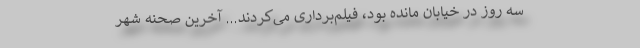
سه روز در خیابان مانده بود، فیلم‌برداری می‌کردند... آخرین صحنه شهر